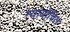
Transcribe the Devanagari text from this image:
न्‍यायोंचित